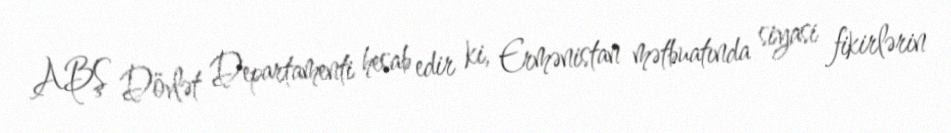
ABŞ Dövlət Departamenti hesab edir ki, Ermənistan mətbuatında siyasi fikirlərin